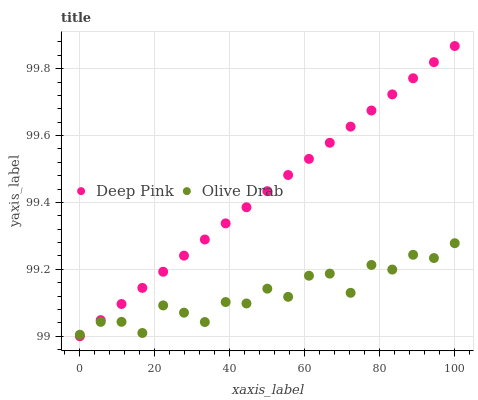
| xaxis_label | Deep Pink | Olive Drab |
 | --- | --- | --- |
 | 0 | 99 | 99 |
 | 5.56 | 99 | 99 |
 | 11.1 | 99.1 | 99 |
 | 16.7 | 99.1 | 99 |
 | 22.2 | 99.2 | 99.1 |
 | 27.8 | 99.2 | 99.1 |
 | 33.3 | 99.3 | 99 |
 | 38.9 | 99.3 | 99.1 |
 | 44.4 | 99.4 | 99.1 |
 | 50 | 99.4 | 99.1 |
 | 55.6 | 99.5 | 99.1 |
 | 61.1 | 99.5 | 99.2 |
 | 66.7 | 99.6 | 99.2 |
 | 72.2 | 99.6 | 99.1 |
 | 77.8 | 99.7 | 99.2 |
 | 83.3 | 99.7 | 99.2 |
 | 88.9 | 99.8 | 99.2 |
 | 94.4 | 99.8 | 99.2 |
 | 100 | 99.9 | 99.3 |